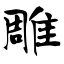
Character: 雕